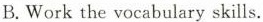
B.Work the vocabulary skills.